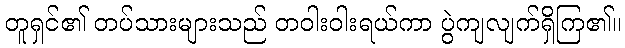
တူရှင်၏ တပ်သားများသည် တဝါးဝါးရယ်ကာ ပွဲကျလျက်ရှိကြ၏။